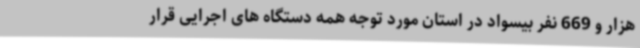
هزار و 669 نفر بیسواد در استان مورد توجه همه دستگاه های اجرایی قرار